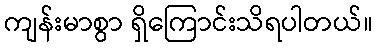
ကျန်းမာစွာ ရှိကြောင်းသိရပါတယ်။